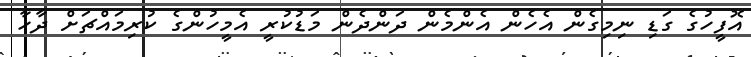
އޮފީހުގެ ގަޑި ނިމިގެން އެހެން އެންމެން ދަންދެން މަޑުކުރީ އެމީހުންގެ ކުރިމައްޗަށް ދާހާ